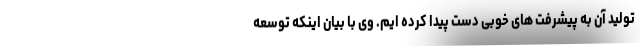
تولید آن به پیشرفت های خوبی دست پیدا کرده ایم. وی با بیان اینکه توسعه